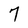
Character: 7